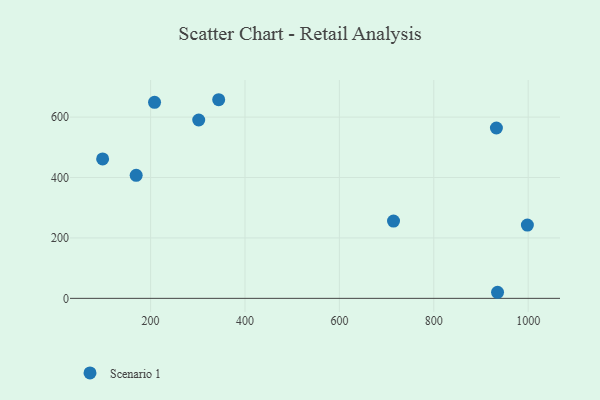
{"axis": {"x": "Engine Size", "y": "Fuel Efficiency"}, "legend": ["Scenario 1"], "data": [{"x": "302.0", "y": 590.4, "type": "Scenario 1"}, {"x": "932.7", "y": 563.9, "type": "Scenario 1"}, {"x": "714.7", "y": 255.7, "type": "Scenario 1"}, {"x": "344.3", "y": 657.5, "type": "Scenario 1"}, {"x": "935.1", "y": 20.1, "type": "Scenario 1"}, {"x": "998.3", "y": 242.4, "type": "Scenario 1"}, {"x": "98.4", "y": 461.6, "type": "Scenario 1"}, {"x": "169.5", "y": 407.4, "type": "Scenario 1"}, {"x": "208.4", "y": 649.0, "type": "Scenario 1"}]}